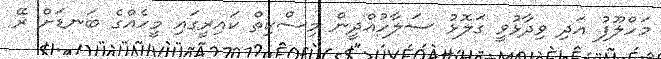
މަހްލޫފު އަދި ވިދާޅުވީ ގަލޮޅު ސަލާހުއްދީން މިސްކިތް ކައިރީގައި މީހެއްގެ ބަނޑަށް ރޭ